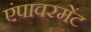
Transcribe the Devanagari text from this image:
एंपावरमेंट